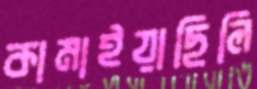
কামাইয়াছিলি